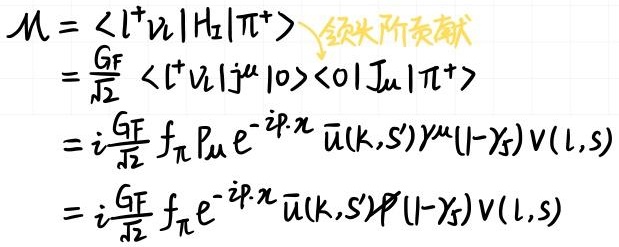
\[
\begin{align*}
\mathcal{M}&=\langle l^+\nu_l|H_W|\pi^+\rangle \text{ 领头阶贡献}\\
&=\frac{G_F}{\sqrt{2}}\langle l^+\nu_l|j^\mu|0\rangle\langle 0|J_\mu|\pi^+\rangle\\
&=i\frac{G_F}{\sqrt{2}}f_\pi p_\mu e^{-ip\cdot x}\bar{u}(k,s')\gamma^\mu(1 - \gamma_5)v(l,s)\\
&=i\frac{G_F}{\sqrt{2}}f_\pi e^{-ip\cdot x}\bar{u}(k,s')\not p(1 - \gamma_5)v(l,s)
\end{align*}
\]